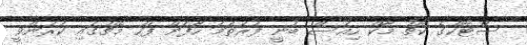
ސްޓޯކްގެ ކޯޗު މާކް ހިއުސް ބުނީ ފުރަތަމަ ހާފަށް ފަހު މެޗުގައި ކުރަންވީ